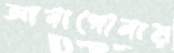
আনাগোনায়